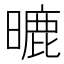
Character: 𣊈